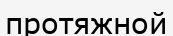
протяжной